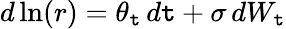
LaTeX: d\ln(r)=\theta_{\mathtt{t}}\, d\mathtt{t}+\sigma\, dW_{\mathtt{t}}